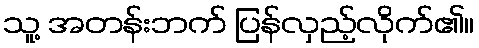
သူ့ အတန်းဘက် ပြန်လှည့်လိုက်၏။